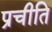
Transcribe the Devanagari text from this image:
प्रचीति